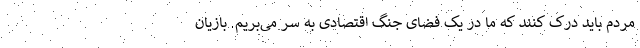
مردم باید درک کنند که ما در یک فضای جنگ اقتصادی به سر می‌بریم. بازیان